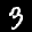
Label: 3